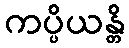
ကပ္ပိယန္တိ